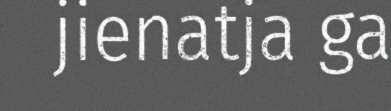
jienatja ga